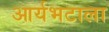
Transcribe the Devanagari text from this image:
आर्यभटाला